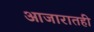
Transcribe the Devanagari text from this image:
आजारातही